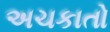
અચકાતો